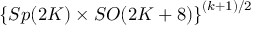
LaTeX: \left\{ S p ( 2 K ) \times S O ( 2 K + 8 ) \right\} ^ { ( k + 1 ) / 2 }